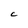
Character: C